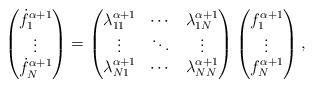
\begin{align*}\begin{pmatrix}{\dot{f}}_1^{\alpha+1}\\\vdots\\{\dot{f}}_N^{\alpha+1}\end{pmatrix}=\begin{pmatrix}\lambda_{11}^{\alpha+1} & \cdots & \lambda_{1N}^{\alpha+1}\\\vdots & \ddots & \vdots\\\lambda_{N1}^{\alpha+1} & \cdots & \lambda_{NN}^{\alpha+1}\end{pmatrix}\begin{pmatrix}f_1^{\alpha+1}\\\vdots\\f_N^{\alpha+1}\end{pmatrix},\end{align*}